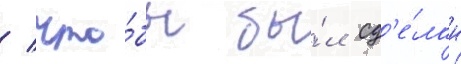
/ что́бы бы́л сд'е́лан